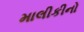
માલીકીનો